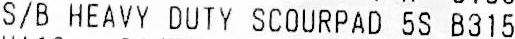
S/B HEAVY DUTY SCOURPAD 5S B315